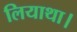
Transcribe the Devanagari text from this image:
लियाथा।